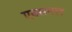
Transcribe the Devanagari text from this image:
एक्सनल